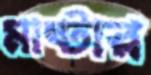
মাষ্টার